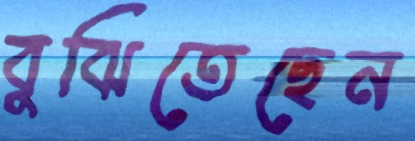
বুঝিতেছেন